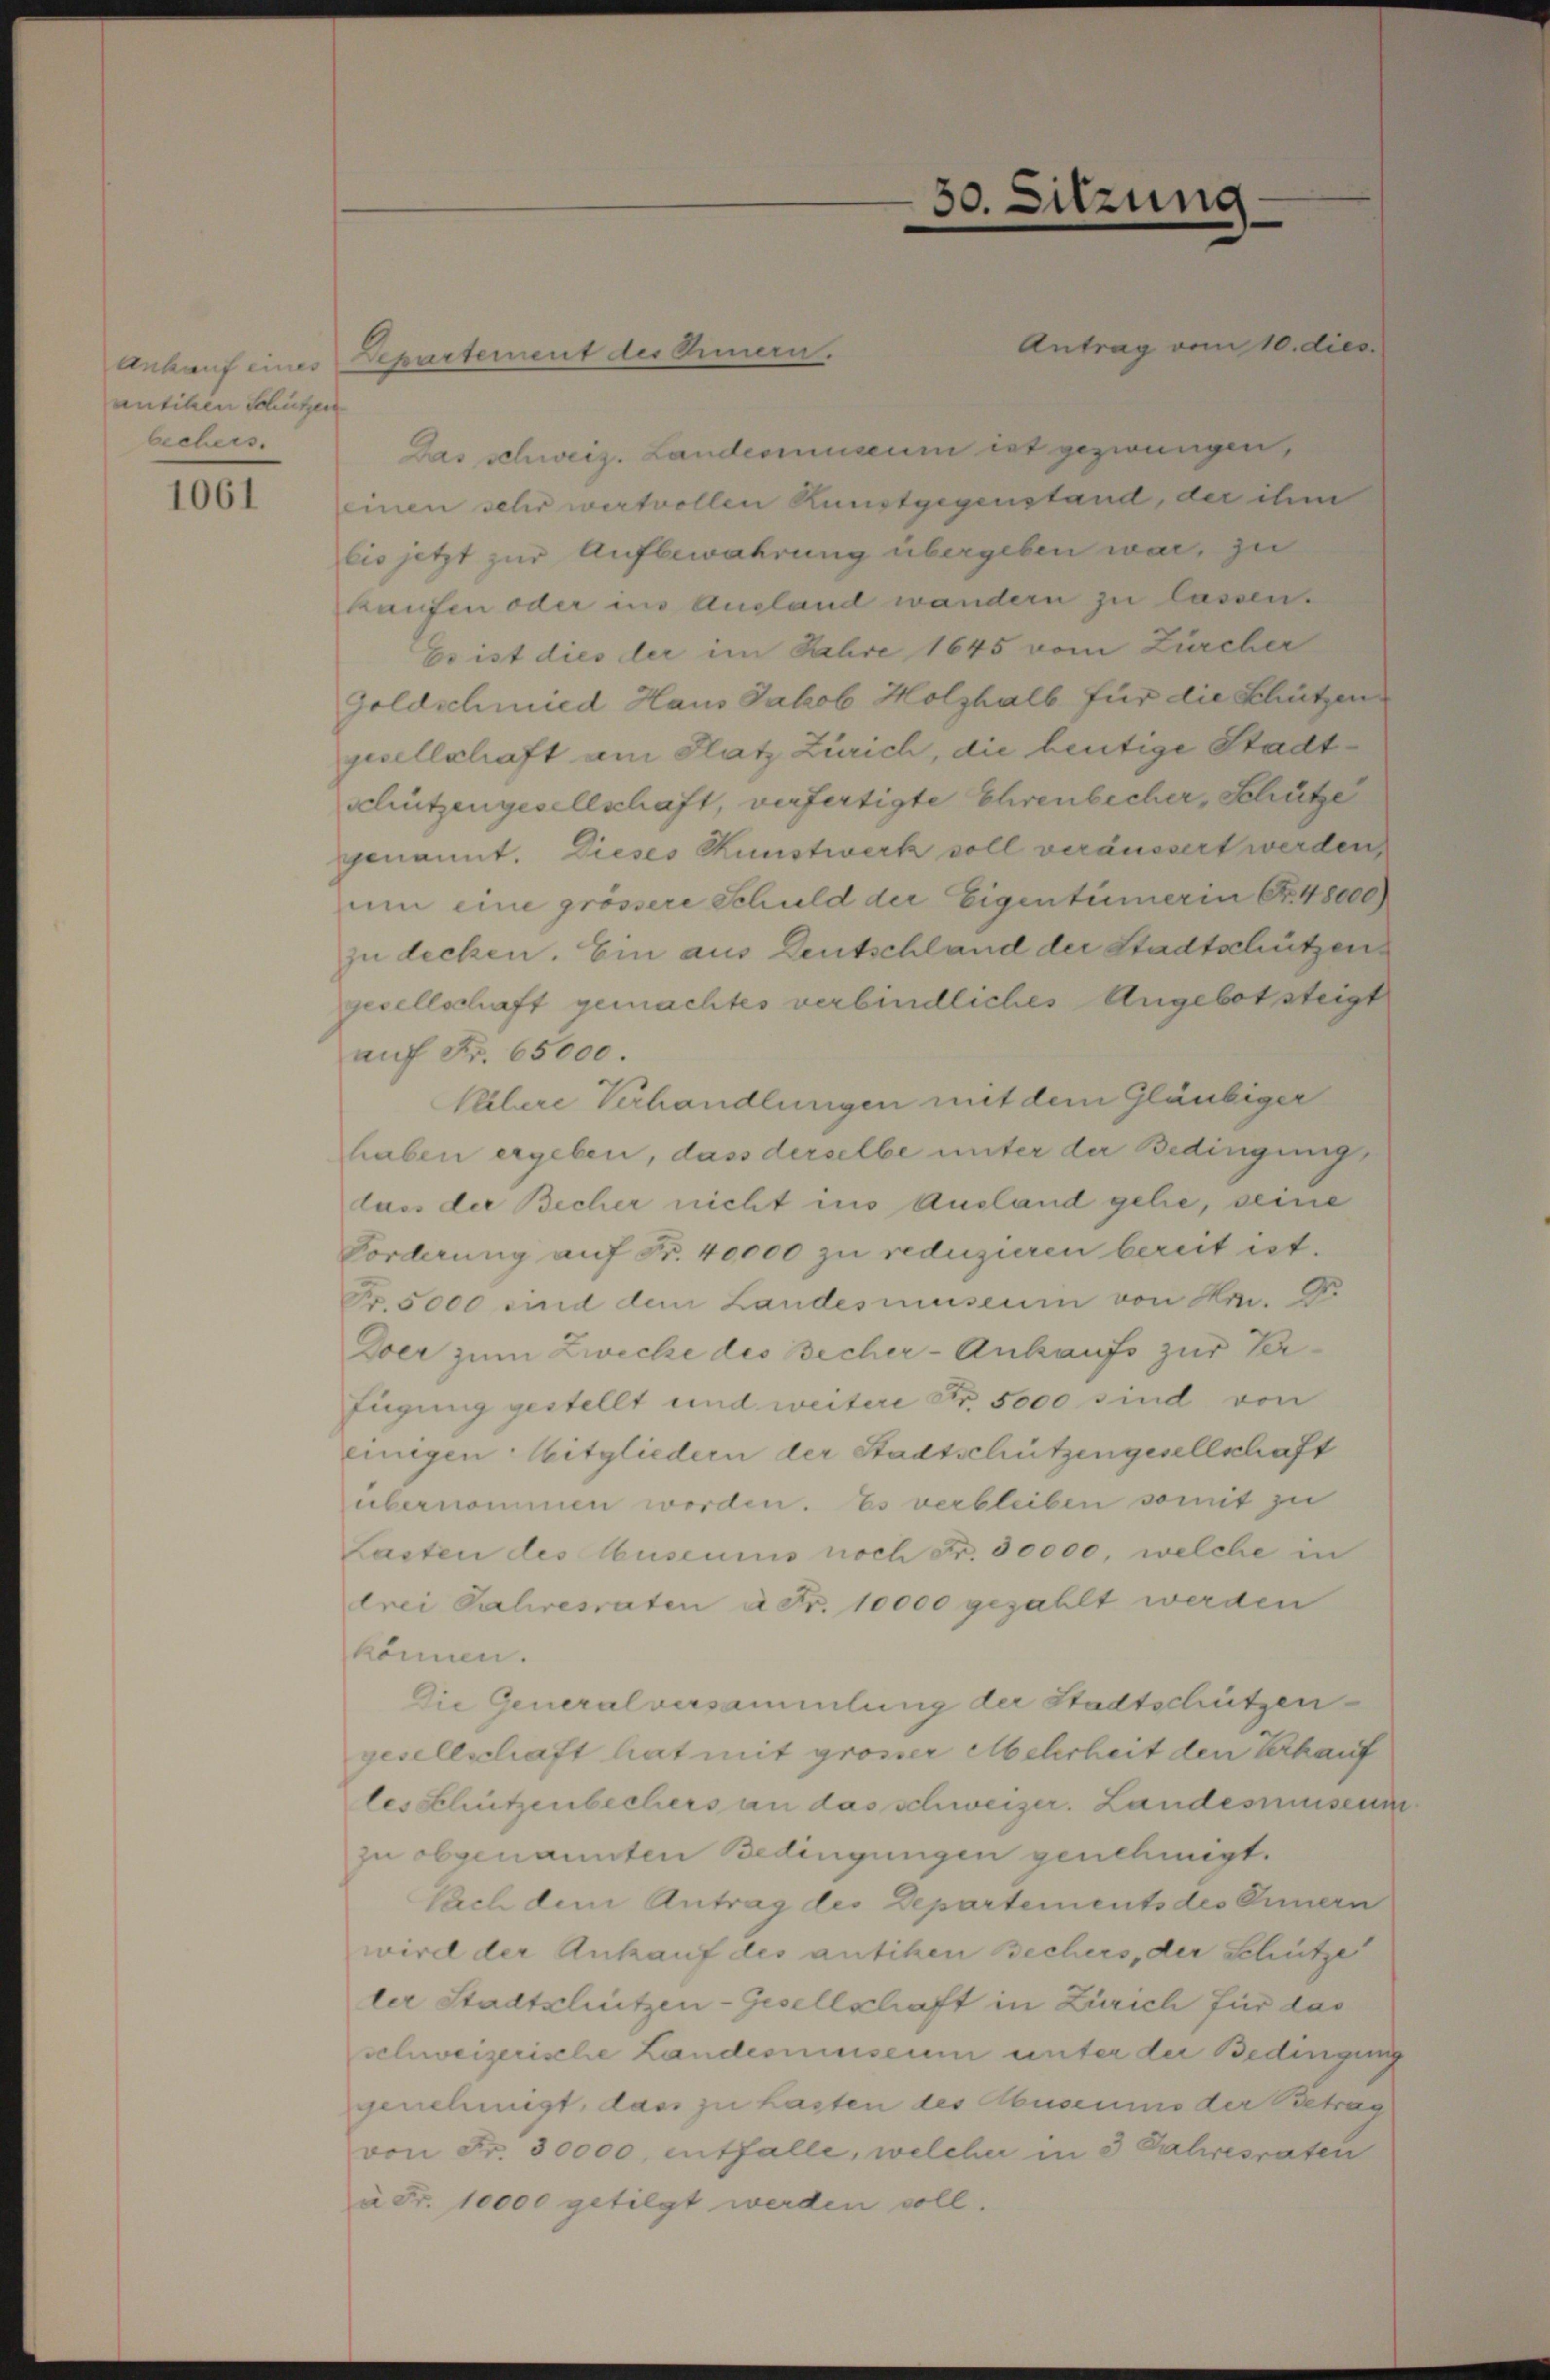
antiken Schutzen
bechers.

1061

Antrag vom 10. dies
Ankauf eines Departement des Omera.
Das Schweiz. Landesimuseum ist gezwungen,
einen sehr wertvollen Kunstgegenstand, der ihm
lis jetzt zur Aufbewahrung übergeben war, zu
kaufen oder ins Ausland wandern zu lassen.
Es ist dies der im Jahre 1645 vom Zürcher
Goldschmied Haus Jakob Holzhalb für die Schützen
pesellschaft am Platz Zürich, die heutige Stadt¬
Schützengesellschaft, verfertigte Ehrenbecher, Schütze
genannt. Dieses Kunstwerk soll veräussert werden,
um eine grössere Schuld der Eigentümer in Nr. 48000
zu decken. Ein aus Deutschland der Stadtschützen
gesellschaft gemachtes verbindliches Angebot steigt
auf Fr. 65000.
Kilere Verhandlungen mit dem Gläubiger
haben ergeben, dass derselbe unter der Bedingungs
lass der Becher nicht ins Ausland gehe, seine
Forderung auf Fr. 40,000 zu reduzieren bereit ist.
Fr. 5000 sind dem Landesmuseum von Hr. Dr.
Doer zum Zwecke des Becher-Ankaufs zur Verfügung gestellt und weitere Nr. 5000 sind von
einigen: Mitgliedern der Stadtschützengesellschaft
übernommen worden. Es verbleiben somit zu
Lasten des Museums noch Fr. 30000, welche in
drei Jahresraten à Fr. 10000 gezahlt werden
können.
Die Generalversammlung der Stadtschützen
gesellschaft hat mit grosser Mehrheit den Verkauf
les Schützenbechers an das schweizer. Landesmuseum
zu obgenannten Bedingungen genehmigt.
Pach dem Antrag des Departements des Innern
wird der Ankauf des antiken Bechers, der Schütze
ler Stadtschützen-Gesellschaft in Zürich für das
schweizerische Landesimuseum unter der Bedingung
genehmigt, dass zu Lasten des Abuseums der Betrag
von Fr. 30000, entfalle, welcher in 3 Jahresraten
u Fr. 10000 getilgt werden soll.

30.

sitzung